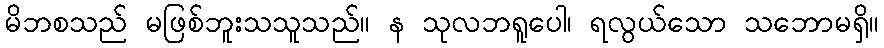
မိဘစသည် မဖြစ်ဘူးသသူသည်။ န သုလဘရူပေါ၊ ရလွယ်သော သဘောမရှိ။